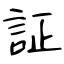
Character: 証